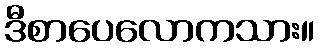
ဒီစာပေလောကသား။